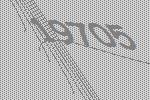
19705